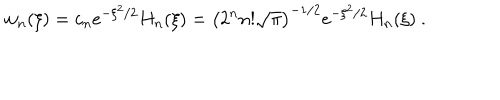
LaTeX: w _ { n } ( \xi ) = c _ { n } e ^ { - \xi ^ { 2 } / 2 } H _ { n } ( \xi ) = \left( 2 ^ { n } n ! \sqrt { \pi } \right) ^ { - 1 / 2 } e ^ { - \xi ^ { 2 } / 2 } H _ { n } ( \xi ) \ .